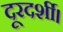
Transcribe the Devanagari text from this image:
दूरदर्शी।